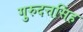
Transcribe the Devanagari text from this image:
गुरुदत्तसिंह